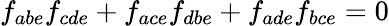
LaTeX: f_{abe}f_{cde}+f_{ace}f_{dbe}+f_{ade}f_{bce}=0